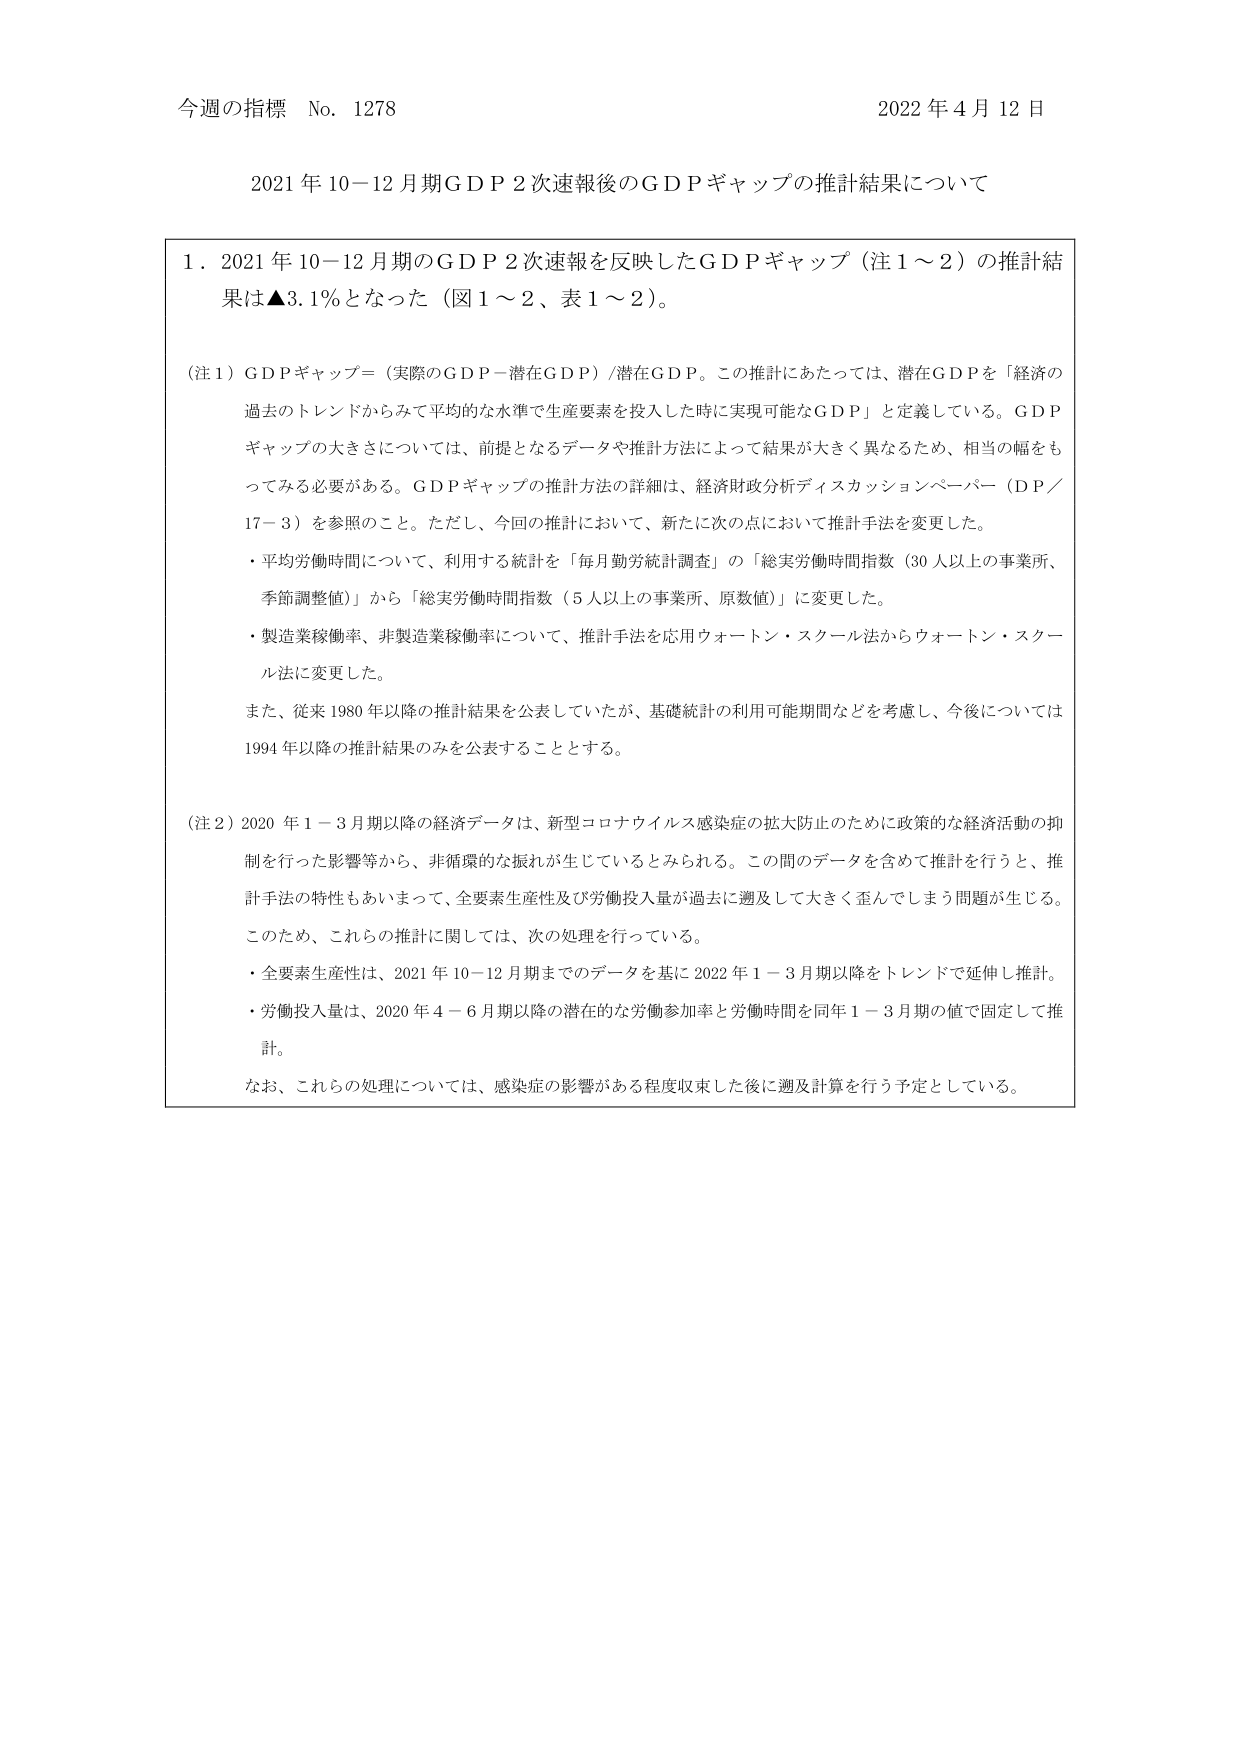
今週の指標 No. 1278 2022年4月12日

2021年10－12月期GDP2次速報後のGDPギャップの推計結果について

1．2021年10－12月期のGDP2次速報を反映したGDPギャップ（注1～2）の推計結果は▲3.1％となった（図1～2、表1～2）。

（注1）GDPギャップ＝（実際のGDP－潜在GDP）/潜在GDP。この推計にあたっては、潜在GDPを「経済の過去のトレンドからみて平均的な水準で生産要素を投入した時に実現可能なGDP」と定義している。GDPギャップの大きさについては、前提となるデータや推計方法によって結果が大きく異なるため、相当の幅をもってみる必要がある。GDPギャップの推計方法の詳細は、経済財政分析ディスカッションペーパー（DP／17－3）を参照のこと。ただし、今回の推計において、新たに次の点において推計手法を変更した。
・平均労働時間について、利用する統計を「毎月勤労統計調査」の「総実労働時間指数（30人以上の事業所、季節調整値）」から「総実労働時間指数（5人以上の事業所、原数値）」に変更した。
・製造業稼働率、非製造業稼働率について、推計手法を応用ウォートン・スクール法からウォートン・スクール法に変更した。
また、従来1980年以降の推計結果を公表していたが、基礎統計の利用可能期間などを考慮し、今後については1994年以降の推計結果のみを公表することとする。

（注2）2020年1－3月期以降の経済データは、新型コロナウイルス感染症の拡大防止のために政策的な経済活動の抑制を行った影響等から、非循環的な振れが生じているとみられる。この間のデータを含めて推計を行うと、推計手法の特性もあいまって、全要素生産性及び労働投入量が過去に遡及して大きく歪んでしまう問題が生じる。このため、これらの推計に関しては、次の処理を行っている。
・全要素生産性は、2021年10－12月期までのデータを基に2022年1－3月期以降をトレンドで延伸し推計。
・労働投入量は、2020年4－6月期以降の潜在的な労働参加率と労働時間を同年1－3月期の値で固定して推計。
なお、これらの処理については、感染症の影響がある程度収束した後に遡及計算を行う予定としている。